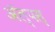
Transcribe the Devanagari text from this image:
ॲल्पस्